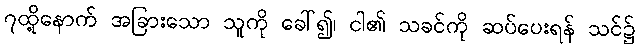
၇ထို့နောက် အခြားသော သူကို ခေါ်၍၊ ငါ၏ သခင်ကို ဆပ်ပေးရန် သင်၌